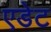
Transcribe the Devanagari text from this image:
एडेट